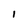
Character: 1